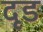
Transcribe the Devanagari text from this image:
दृड